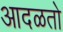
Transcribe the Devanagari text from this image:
आदळतो